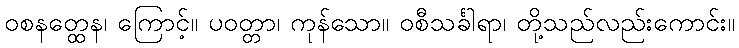
ဝစနတ္ထေန၊ ကြောင့်။ ပဝတ္တာ၊ ကုန်သော။ ဝစီသင်္ခါရာ၊ တို့သည်လည်းကောင်း။